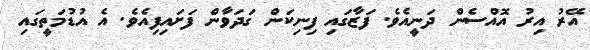
އޭރު އިރު އޮއްސެން ދަނީއެވެ. ފަޒާގައި ފިނިކަން ގަދަވާން ފަށައިފިއެވެ. އެ އުޑުމަތީގައި